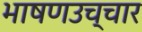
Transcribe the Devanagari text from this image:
भाषणउच्चार